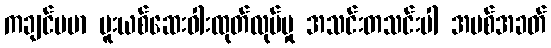
ကချင်ဗမာ မူးယစ်ဆေးဝါးထုတ်လုပ်မှု အသင်းတသင်းပါ အပစ်အခတ်